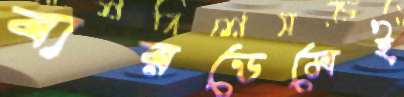
বারডেমেই